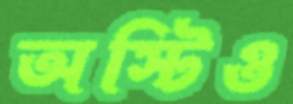
অস্টিও